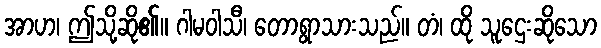
အာဟ၊ ဤသို့ဆို၏။ ဂါမဝါသီ၊ တောရွာသားသည်။ တံ၊ ထို သူဌေးဆိုသော